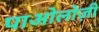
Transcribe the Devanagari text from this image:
पाओलोज़ी